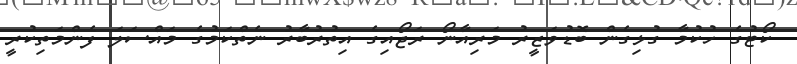
ކޯޓުގެ ހުކުމާ ގުޅިގެން ބޮޑުވަޒީރު މަރިއާނޯ ރަޖޯއިގެ އިތުރުބާރު ނެތްކަމުގެ މައްސަލަ ފެންމަތިކުރީ